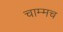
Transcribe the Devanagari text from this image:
चाम्मच